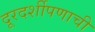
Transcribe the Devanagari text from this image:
दूरदर्शीपणाची